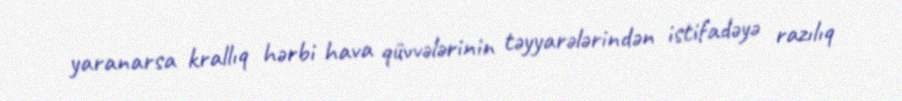
yaranarsa krallıq hərbi hava qüvvələrinin təyyarələrindən istifadəyə razılıq